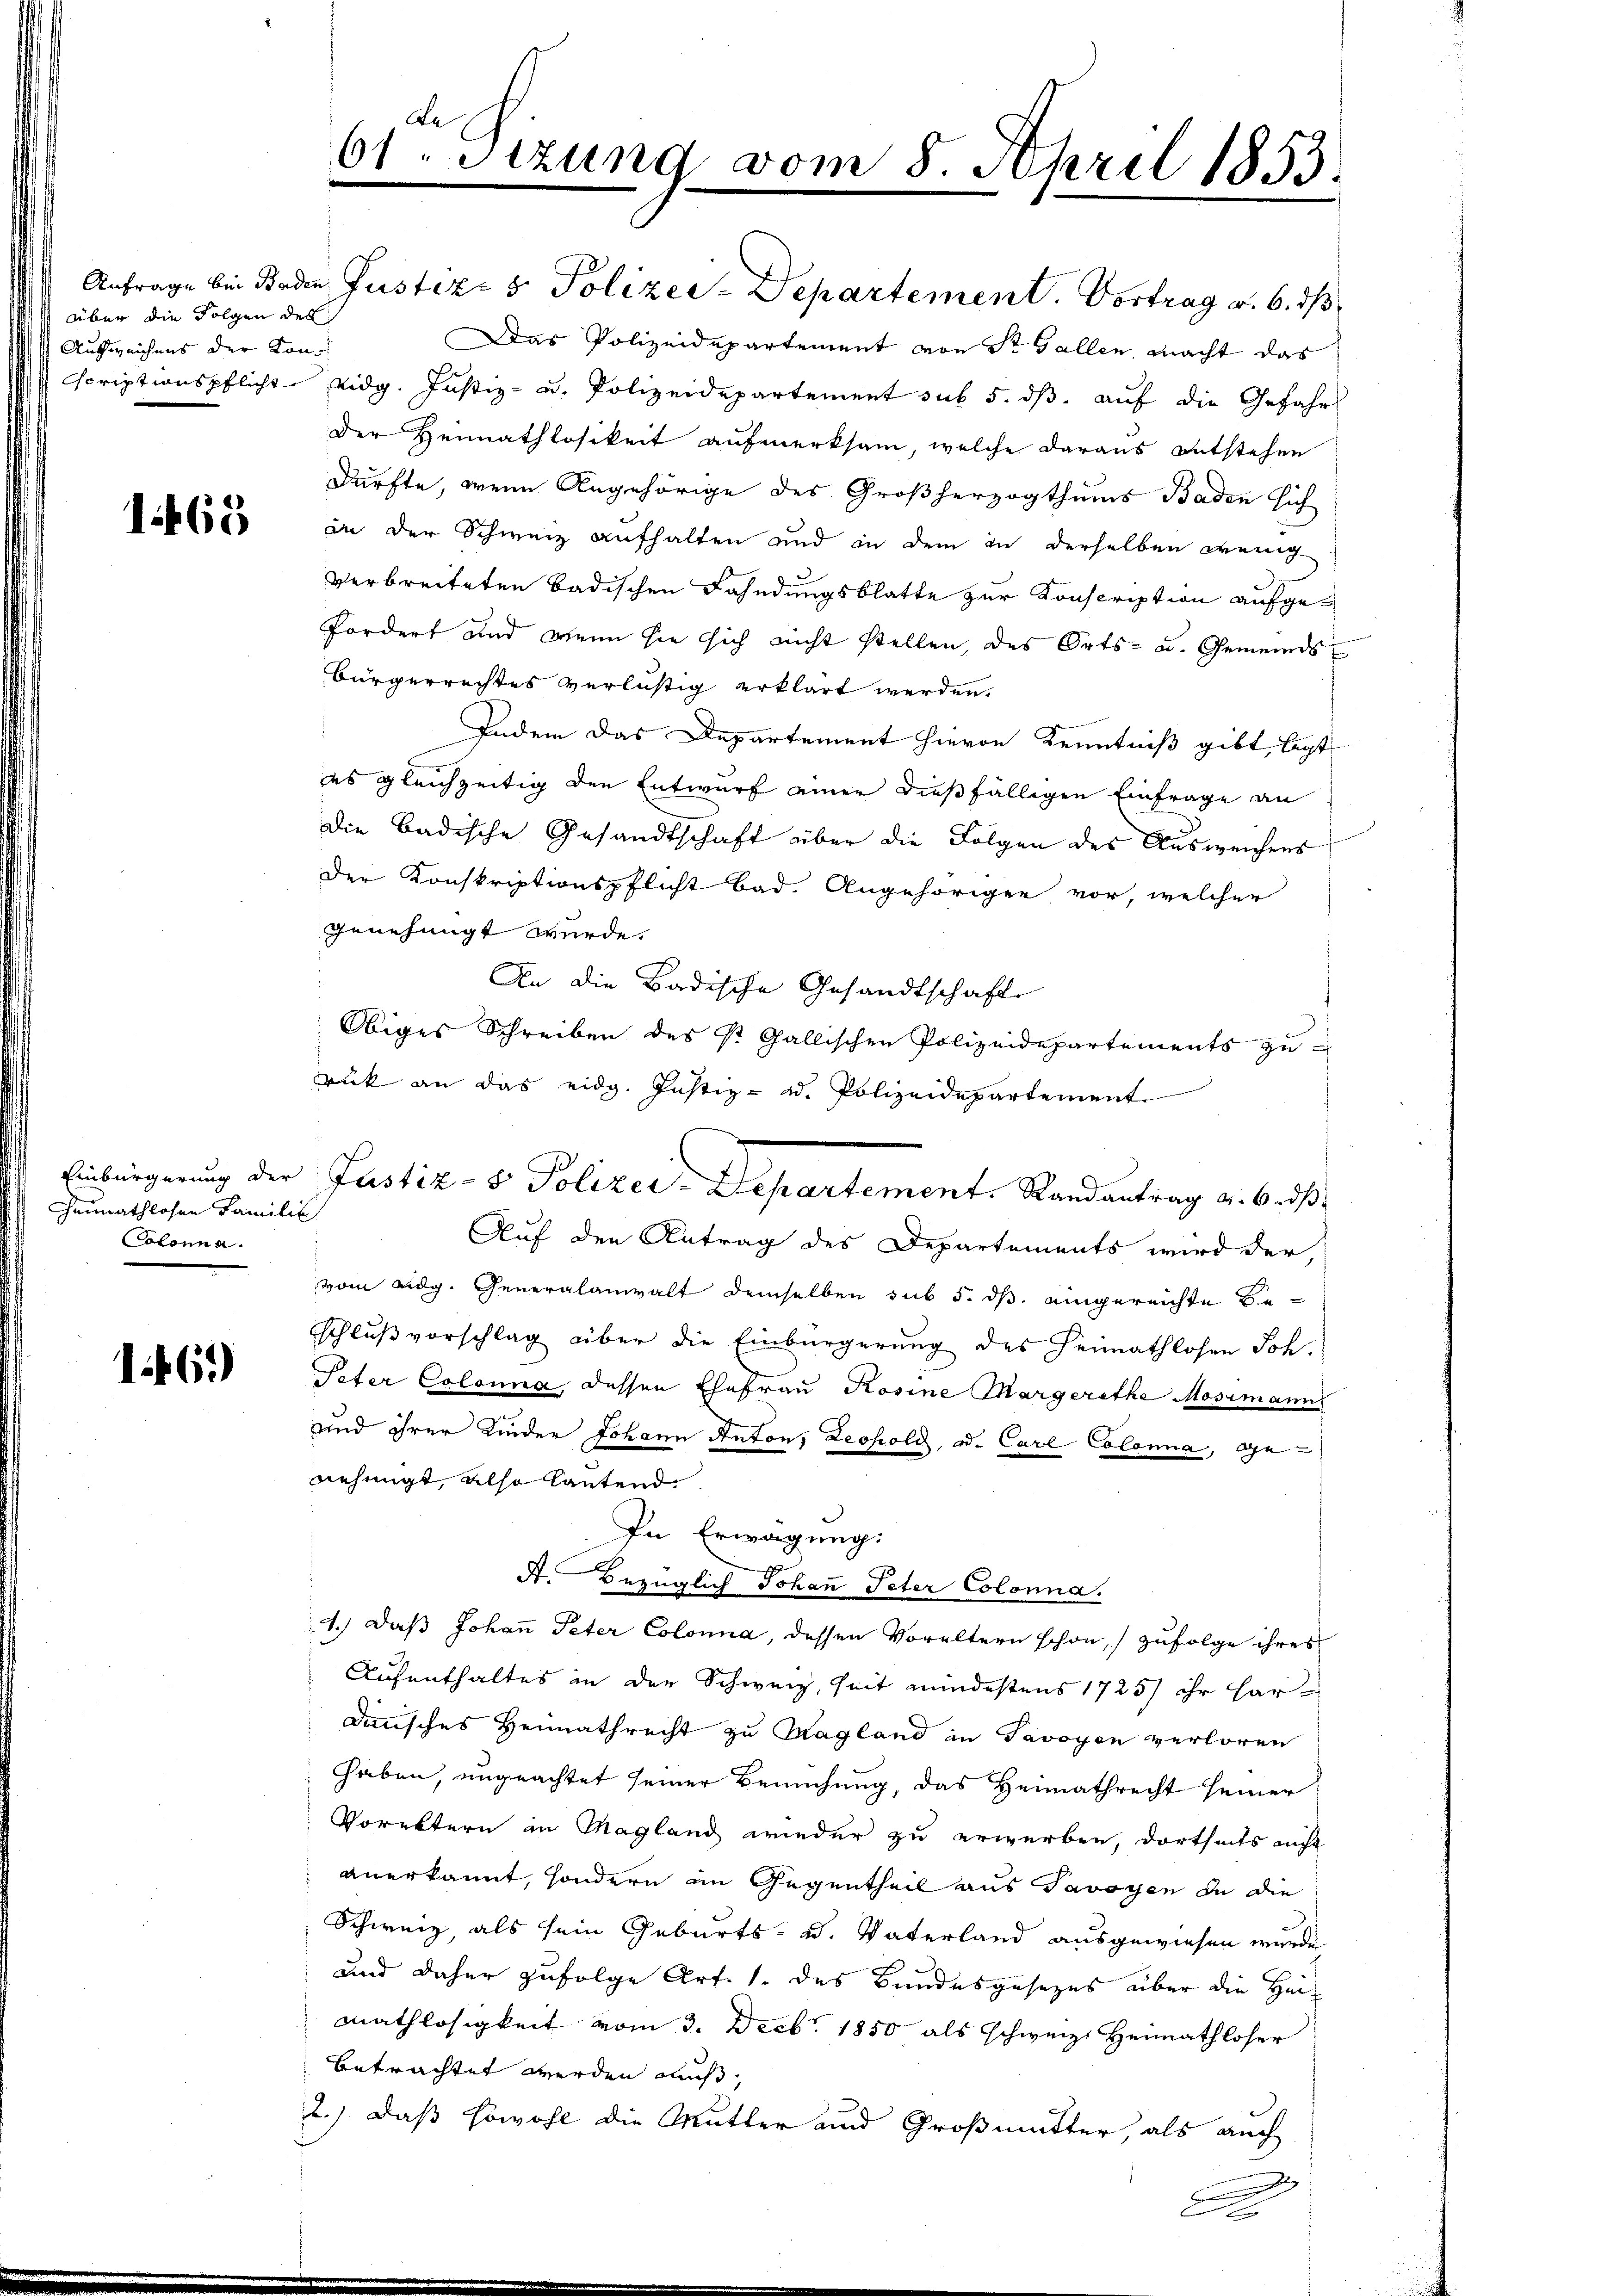
über die Folgen des
Ausweichens der Kon¬

1468

Heimathlosen Familie
Colonna

16.)

Le
61. Sizung vom 8. April 1853.

Der Heimathlosikeit aufmerksam, welche daraus entstehen
Dürfte, wenn Angehörige des Großherzogthums Baden sich
in der Schweiz aufhalten und in dem in derselben wenig
Verbreiteten badischen Fahndungsblatte zur Konscription aufgefordert und wenn sie sich nicht stellen, des Orts- u. Gemeindsbürgerrechtes verlustig erklärt werden.
Indem das Departement hievon Kenntniß gibt, legt
es gleichzeitig den Entwurf einer dießfälligen Einfrage an
Die badische Gesandtschaft über die Folgen des Ausweichens
Der Konskriptionspflicht bad. Angehöriger vor, welcher
genehmigt wurde.
An die Badische Gesandtschaft
Obiges Schreiben des St. Gallischen Polizeidepartements zu-
ruck an das eidg. Justiz- u. Polizeidepartement
Auf den Antrag des Departements wird der
vom eidg. Generalanwalt demselben sub 5. ds. eingereichte Beschluß vorschlag über die Einbürgerung des Heimathlosen Joh.
Peter Colonna, dessen Ehefrau Rosine Margerathe Mosimann
und ihrer Kinder Johann Anton, Leopold, ad. Carl Colona, ge-
nehmigt, also lautend
In Erwägung.
A.Bezüglich Johan Peter Colonna.
1.) Daß Johann Peter Colonna, dessen Vorältern schon, zufolge ihres
Aufenthaltes in der Schweiz, seit mindestens 1725/ ihr hardinisches Heimathrecht zu Magland in Savoyen verloren
haben, ungeachtet seiner Bemühung, das Heimathrecht seiner
Vorektern in Magland wieder zu erwerben, dortseits nicht
anerkannt, sondern im Gegentheil aus Savoyen in die
Schweiz, als sein Geburts- u. Vaterland ausgewiesen wurde
und daher zufolge Art. 1 des Bundesgesezes über die Herz
mathlosigkeit vom 3. Decbr. 1850 als schweiz. Heimathloser
betrachtet werden muß.
2.) daß sowohl die Mutter und Großmutter, als auch

Anfrage bei Boden Justiz- & Polizei-Departement. Vortrag v. 6. ds
Das Polizeidepartement von St. Gallen, macht das
Scriptionspflicht eidg. Justiz- u. Polizeidepartement sub 5. ds. auf die Gefahr

Einbürgerung der Justiz- & Polizei-Departement. Randantrag v. 6. ds.